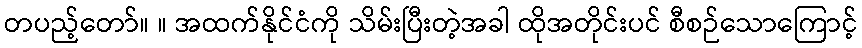
တပည့်တော်။ ။ အထက်နိုင်ငံကို သိမ်းပြီးတဲ့အခါ ထိုအတိုင်းပင် စီစဉ်သောကြောင့်